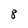
Character: 8